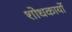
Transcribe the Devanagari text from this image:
शोधकार्यो